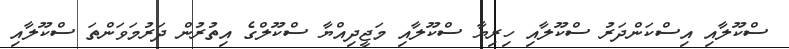
ސްކޫލާއި އިސްކަންދަރު ސްކޫލާއި ހިރިޔާ ސްކޫލާއި މަޖީދިއްޔާ ސްކޫލްގެ އިތުރުން ދަރުމަވަންތަ ސްކޫލާއި